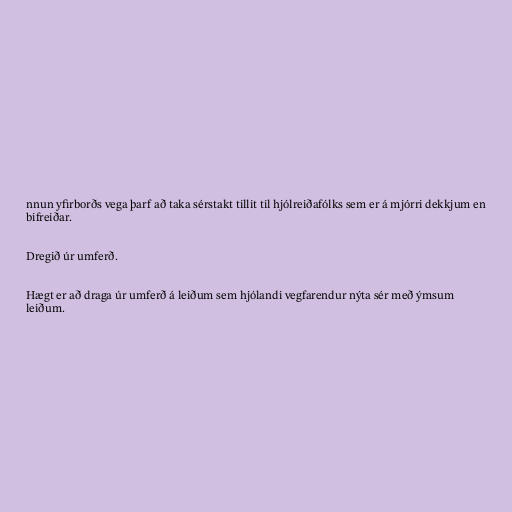
nnun yfirborðs vega þarf að taka sérstakt tillit til hjólreiðafólks sem er á mjórri dekkjum en
bifreiðar.

Dregið úr umferð.

Hægt er að draga úr umferð á leiðum sem hjólandi vegfarendur nýta sér með ýmsum
leiðum.